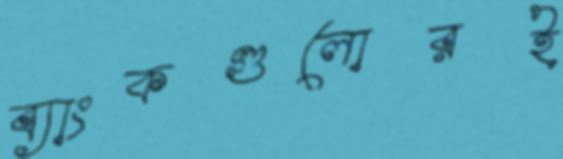
ব্যাংকগুলোরই